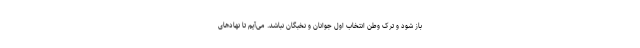
باز شود و ترک وطن انتخاب اول جوانان و نخبگان نباشد. می‌آیم تا نهادهای